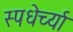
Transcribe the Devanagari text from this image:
स्पधेर्च्या